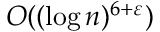
O ( ( \log n ) ^ { 6 + \varepsilon } )